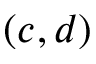
( c , d )